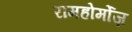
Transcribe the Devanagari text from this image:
रामहोर्मोज़